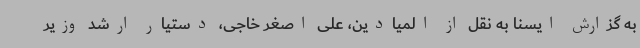
به گزارش ایسنا به نقل از المیادین، علی اصغر خاجی، دستیار ارشد وزیر